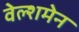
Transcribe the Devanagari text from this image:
वेल्शमेन